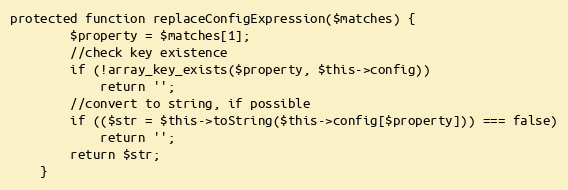
Language: PHP
protected function replaceConfigExpression($matches) {
		$property = $matches[1];
		//check key existence
		if (!array_key_exists($property, $this->config))
			return '';
		//convert to string, if possible
		if (($str = $this->toString($this->config[$property])) === false)
			return '';
		return $str;
	}